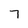
Character: 7